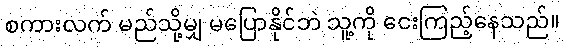
စကားလက် မည်သို့မျှ မပြောနိုင်ဘဲ သူ့ကို ငေးကြည့်နေသည်။